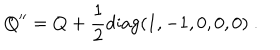
Q ^ { \prime \prime } = Q + { \frac { 1 } { 2 } } \mathrm { d i a g } ( 1 , - 1 , 0 , 0 , 0 ) \ . \nonumber